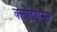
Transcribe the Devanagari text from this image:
क्लोडीएनस